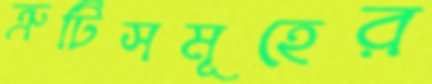
ত্রুটিসমূহের